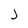
Character: j